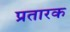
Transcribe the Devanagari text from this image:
प्रतारक